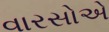
વારસોએ